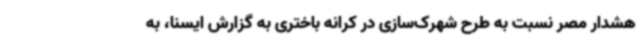
هشدار مصر نسبت به طرح شهرک‌سازی در کرانه باختری به گزارش ایسنا، به